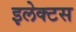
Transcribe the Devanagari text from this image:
इलेक्टस